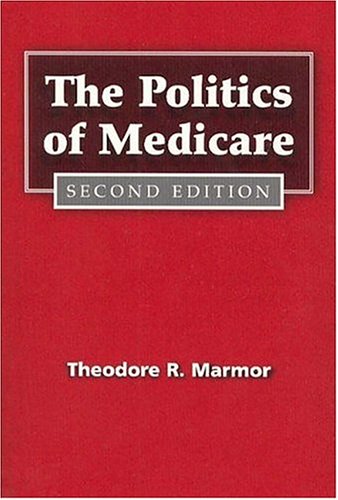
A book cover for The Politics of Medicare: Second Edition (Social Institutions and Social Change); Theodore R. R. Marmor; Medical Books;